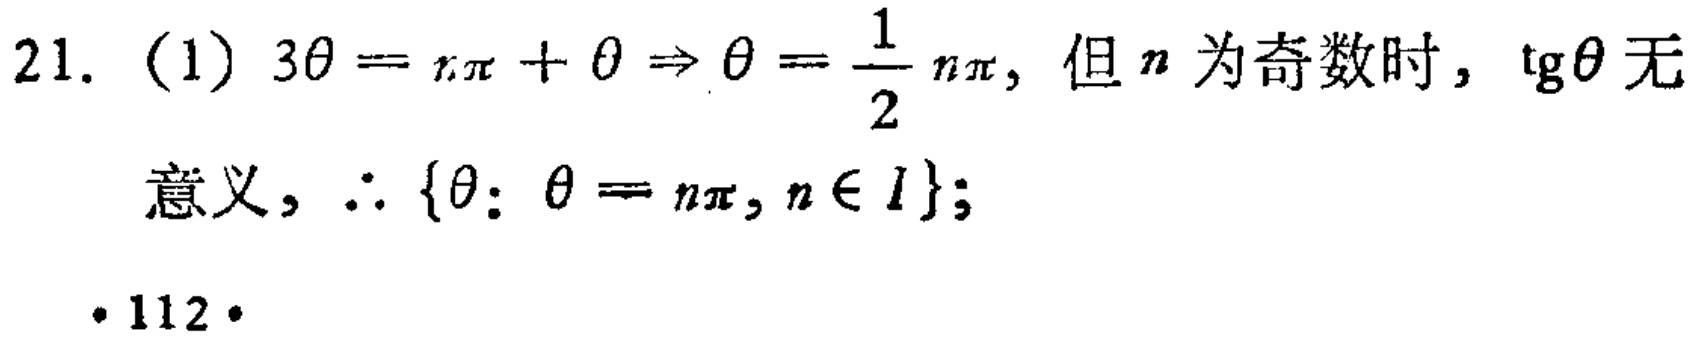
21. (1) \(3\theta = n\pi+\theta\Rightarrow\theta=\frac{1}{2}n\pi\), 但 \(n\) 为奇数时, \(\text{tg}\theta\) 无
意义, \(\therefore \{\theta:\theta = n\pi, n\in I\}\);
·112·